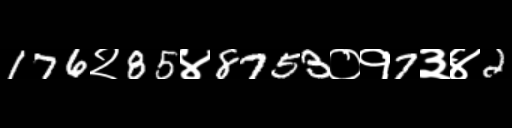
Text: 176२85४8753०१7३४2